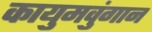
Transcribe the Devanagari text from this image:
कायुमवुंगान